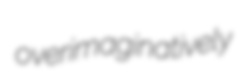
overimaginatively